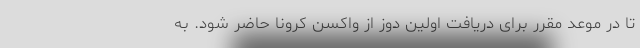
تا در موعد مقرر برای دریافت اولین دوز از واکسن کرونا حاضر شود. به